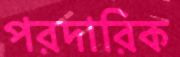
পরদারিক